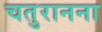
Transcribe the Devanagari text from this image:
चतुरानना